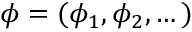
{ \boldsymbol { \phi } = ( \phi _ { 1 } , \phi _ { 2 } , \dots ) }